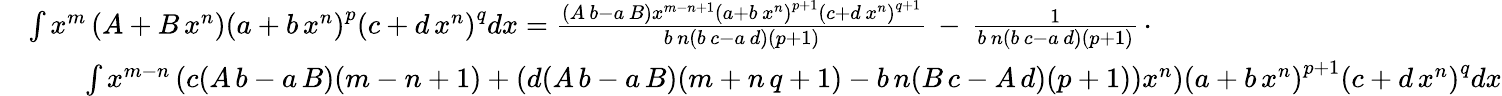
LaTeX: {\begin{array}{rl}&{\int x^{m}\left(A+B\, x^{n}\right)\left(a+b\, x^{n}\right)^{p}\left(c+d\, x^{n}\right)^{q}dx={\frac{(A\, b-a\, B)x^{m-n+1}\left(a+b\, x^{n}\right)^{p+1}\left(c+d\, x^{n}\right)^{q+1}}{b\, n(b\, c-a\, d)(p+1)}}\, -\, {\frac{1}{b\, n(b\, c-a\, d)(p+1)}}\, \cdot}\\ &{\qquad\int x^{m-n}\left(c(A\, b-a\, B)(m-n+1)+(d(A\, b-a\, B)(m+n\, q+1)-b\, n(B\, c-A\, d)(p+1))x^{n}\right)\left(a+b\, x^{n}\right)^{p+1}\left(c+d\, x^{n}\right)^{q}dx}\end{array}}